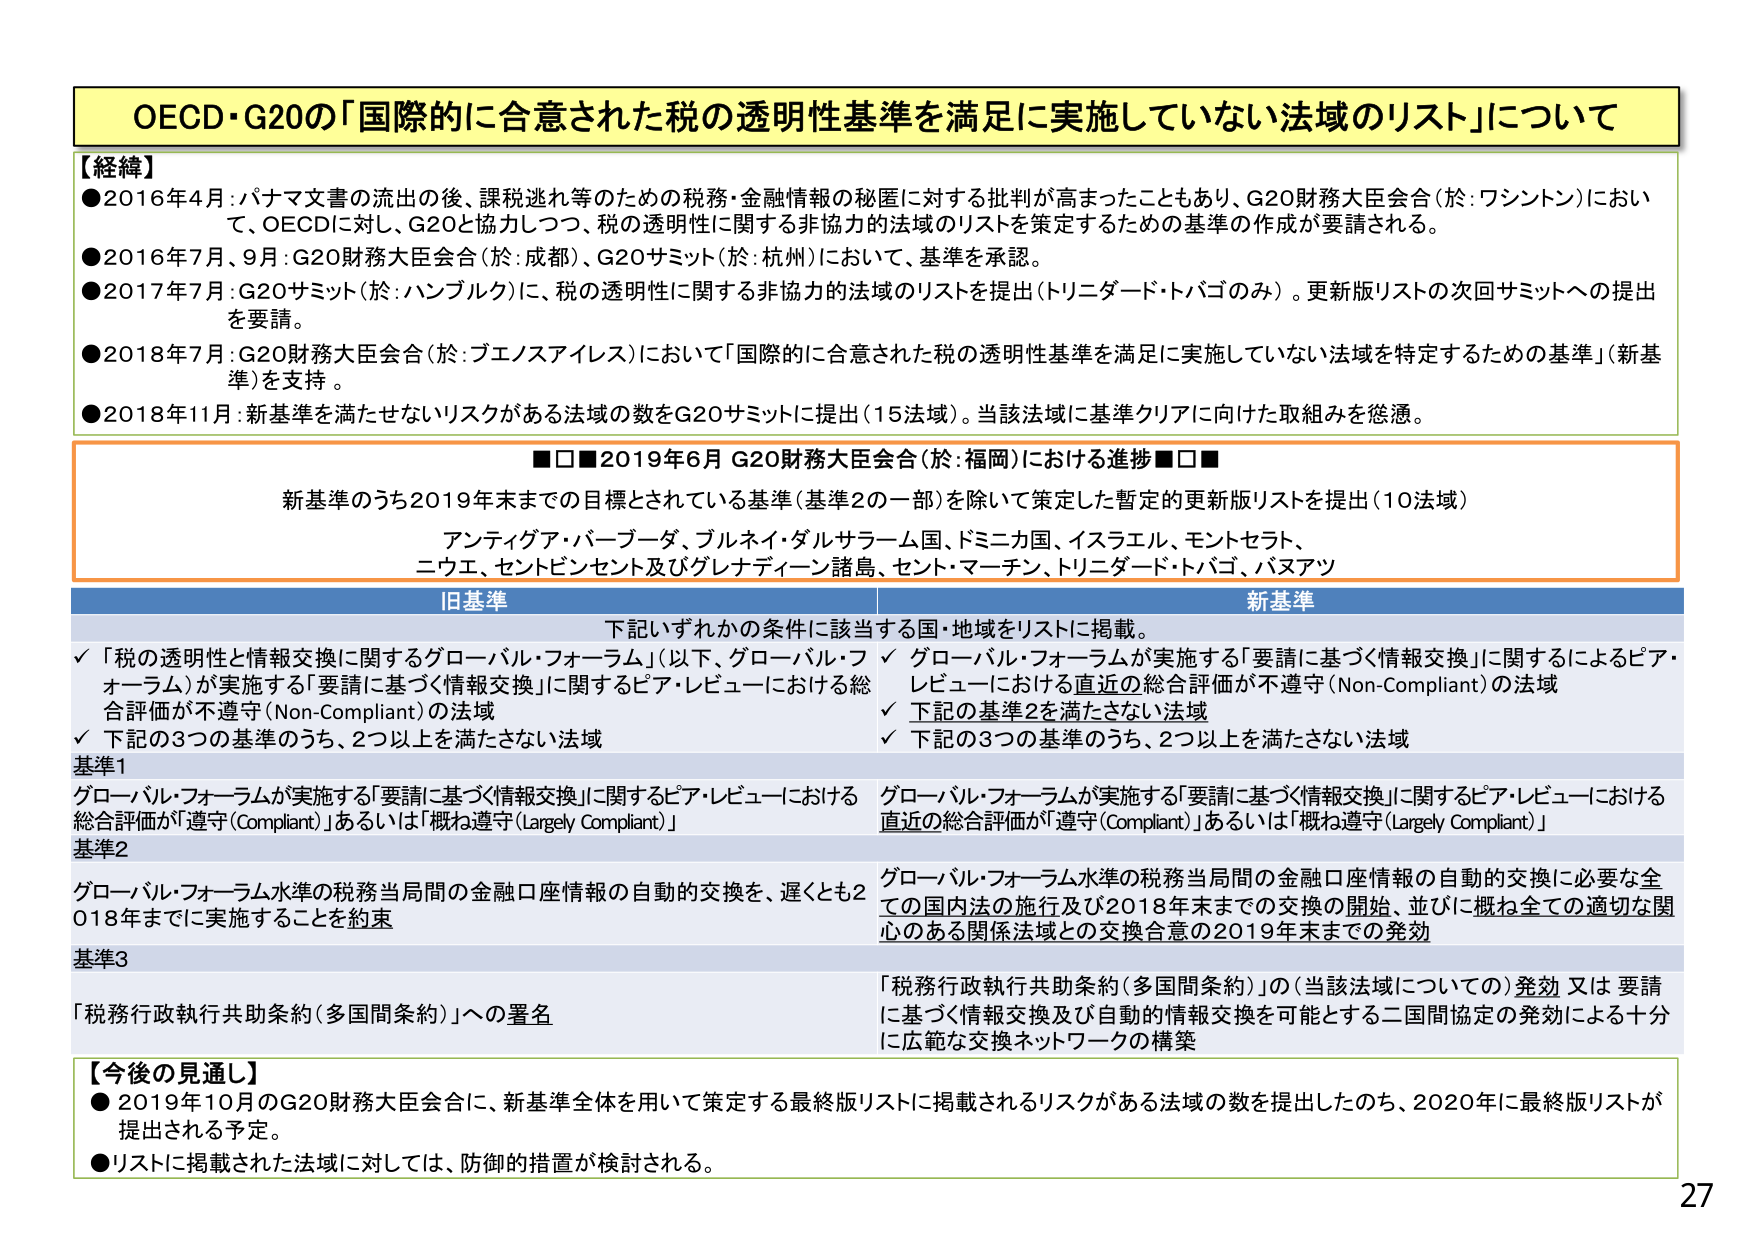
OECD・G20の「国際的に合意された税の透明性基準を満足に実施していない法域のリスト」について

【経緯】
●2016年4月：パナマ文書の流出の後、課税逃れ等のための税務・金融情報の秘匿に対する批判が高まったこともあり、G20財務大臣会合（於：ワシントン）において、OECDに対し、G20と協力しつつ、税の透明性に関する非協力的法域のリストを策定するための基準の作成が要請される。
●2016年7月、9月：G20財務大臣会合（於：成都）、G20サミット（於：杭州）において、基準を承認。
●2017年7月：G20サミット（於：バンブルク）に、税の透明性に関する非協力的法域のリストを提出（トリニダード・トバゴのみ）。更新版リストの次回サミットへの提出を要請。
●2018年7月：G20財務大臣会合（於：ブエノスアイレス）において「国際的に合意された税の透明性基準を満足に実施していない法域を特定するための基準」（新基準）を支持。
●2018年11月：新基準を満たせないリスクがある法域の数をG20サミットに提出（15法域）。当該法域に基準クリアに向けた取組みを従懸。

■□■2019年6月 G20財務大臣会合（於：福岡）における進捗■□■
新基準のうち2019年末まででの目標とされている基準（基準2の一部）を除いて策定した暫定的更新版リストを提出（10法域）
アンティグア・バーブーダ、ブルネイ・ダルサラーム国、ドミニカ国、イスラエル、モントセラト、
ニウエ、セントビンセント及びグレナディーン諸島、セント・マーチン、トリニダード・トバゴ、バヌアツ

旧基準